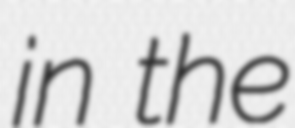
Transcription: in the